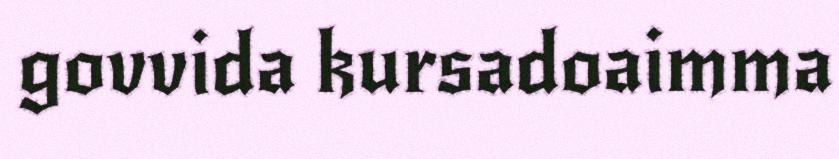
govvida kursadoaimma